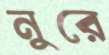
নুরে